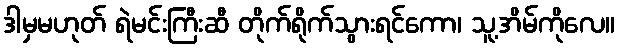
ဒါမှမဟုတ် ရဲမင်းကြီးဆီ တိုက်ရိုက်သွားရင်ကော၊ သူ့အိမ်ကိုလေ။